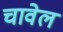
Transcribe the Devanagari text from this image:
चावेल